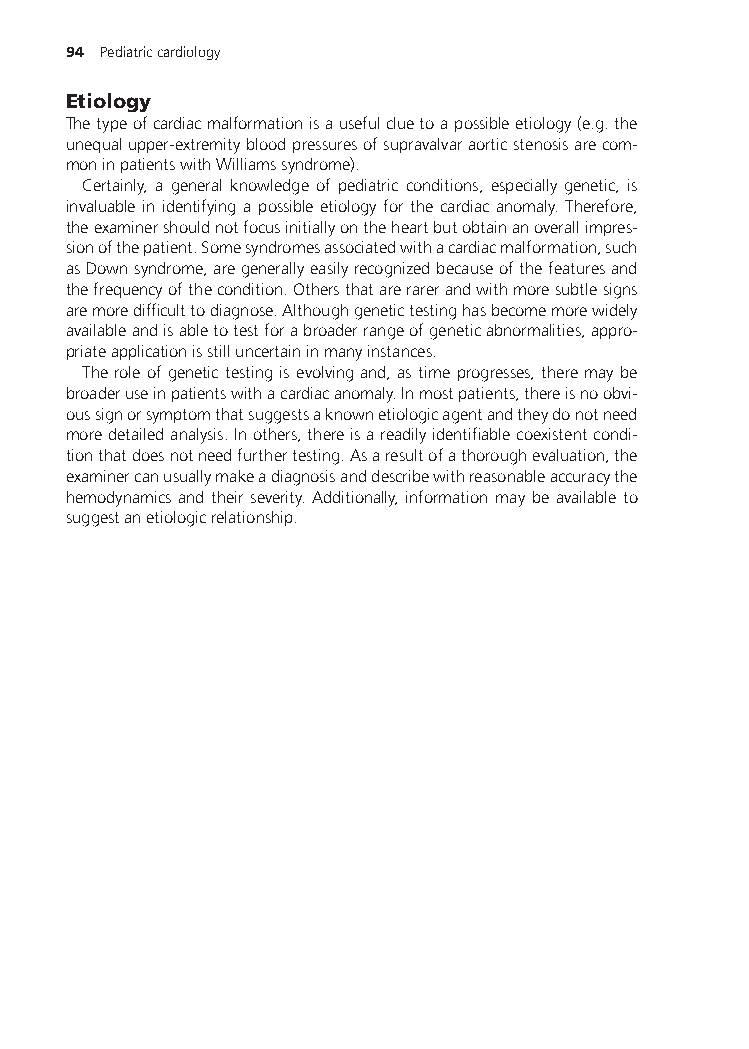
94 Pediatriccardiology
 Etiology
 Thetypeofcardiacmalformationisausefulcluetoapossibleetiology(e.g.the
 unequalupper-extremitybloodpressuresofsupravalvaraorticstenosisarecom-
 moninpatientswithWilliamssyndrome).
 Certainly, a general knowledge of pediatric conditions, especially genetic, is
 invaluable in identifying a possible etiology for the cardiac anomaly. Therefore,
 theexaminershouldnotfocusinitiallyontheheartbutobtainanoverallimpres-
 sionofthepatient.Somesyndromesassociatedwithacardiacmalformation,such
 asDownsyndrome,aregenerallyeasilyrecognizedbecauseofthefeaturesand
 thefrequencyofthecondition.Othersthatarerarerandwithmoresubtlesigns
 aremoredifficulttodiagnose.Althoughgenetictestinghasbecomemorewidely
 availableandisabletotestforabroaderrangeofgeneticabnormalities,appro-
 priateapplicationisstilluncertaininmanyinstances.
 Theroleofgenetictestingisevolvingand,astimeprogresses,theremaybe
 broaderuseinpatientswithacardiacanomaly.Inmostpatients,thereisnoobvi-
 oussignorsymptomthatsuggestsaknownetiologicagentandtheydonotneed
 moredetailedanalysis.Inothers,thereisareadilyidentifiablecoexistentcondi-
 tionthatdoesnotneedfurthertesting.Asaresultofathoroughevaluation,the
 examinercanusuallymakeadiagnosisanddescribewithreasonableaccuracythe
 hemodynamics and their severity. Additionally, information may be available to
 suggestanetiologicrelationship.